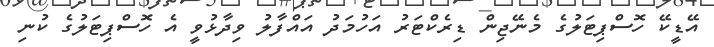
އޭޑީކޭ ހޮސްޕިޓަލުގެ މެނޭޖިން ޑިރެކްޓަރު އަހުމަދު އައްފާލު ވިދާޅުވީ އެ ހޮސްޕިޓަލުގެ ކުނި